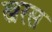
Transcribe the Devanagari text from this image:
खरस